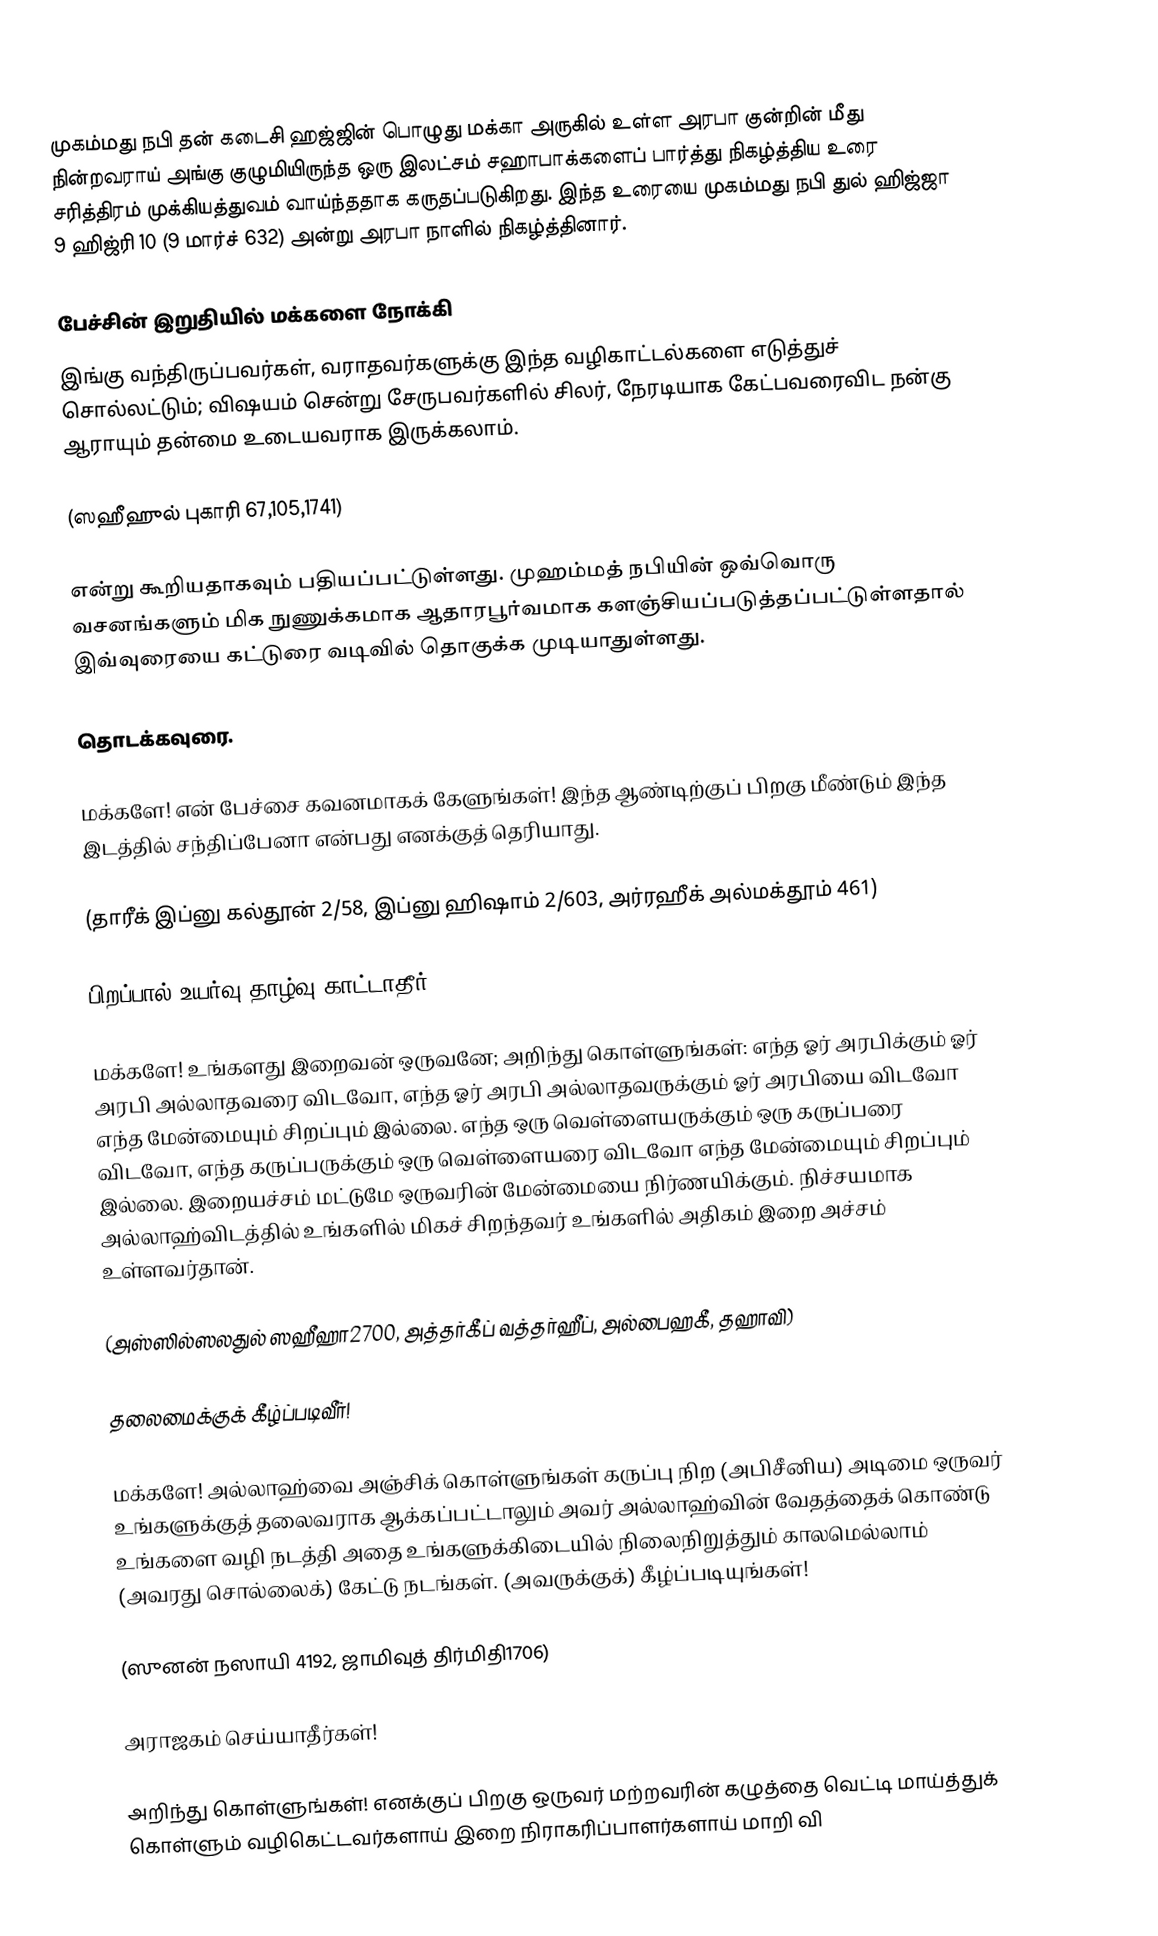
முகம்மது நபி தன் கடைசி ஹஜ்ஜின் பொழுது மக்கா அருகில் உள்ள அரபா குன்றின் மீது நின்றவராய் அங்கு குழுமியிருந்த ஒரு இலட்சம் சஹாபாக்களைப் பார்த்து நிகழ்த்திய உரை சரித்திரம் முக்கியத்துவம் வாய்ந்ததாக கருதப்படுகிறது. இந்த உரையை  முகம்மது நபி துல் ஹிஜ்ஜா 9 ஹிஜ்ரி 10 (9 மார்ச் 632) அன்று  அரபா நாளில் நிகழ்த்தினார்.

பேச்சின் இறுதியில்  மக்களை நோக்கி
இங்கு வந்திருப்பவர்கள், வராதவர்களுக்கு இந்த வழிகாட்டல்களை எடுத்துச் சொல்லட்டும்; விஷயம் சென்று சேருபவர்களில் சிலர், நேரடியாக கேட்பவரைவிட நன்கு ஆராயும் தன்மை உடையவராக இருக்கலாம்.

(ஸஹீஹுல் புகாரி 67,105,1741)

என்று கூறியதாகவும் பதியப்பட்டுள்ளது. முஹம்மத் நபியின் ஒவ்வொரு வசனங்களும் மிக நுணுக்கமாக ஆதாரபூர்வமாக களஞ்சியப்படுத்தப்பட்டுள்ளதால் இவ்வுரையை கட்டுரை வடிவில் தொகுக்க முடியாதுள்ளது.

தொடக்கவுரை.

மக்களே! என் பேச்சை கவனமாகக் கேளுங்கள்! இந்த ஆண்டிற்குப் பிறகு மீண்டும் இந்த இடத்தில் சந்திப்பேனா என்பது எனக்குத் தெரியாது.

(தாரீக் இப்னு கல்தூன் 2/58, இப்னு ஹிஷாம் 2/603, அர்ரஹீக் அல்மக்தூம் 461)

பிறப்பால் உயர்வு தாழ்வு காட்டாதீர்!

மக்களே! உங்களது இறைவன் ஒருவனே;  அறிந்து கொள்ளுங்கள்: எந்த ஓர் அரபிக்கும் ஓர் அரபி அல்லாதவரை விடவோ, எந்த ஓர் அரபி அல்லாதவருக்கும் ஓர் அரபியை விடவோ எந்த மேன்மையும் சிறப்பும் இல்லை. எந்த ஒரு வெள்ளையருக்கும் ஒரு கருப்பரை விடவோ, எந்த கருப்பருக்கும் ஒரு வெள்ளையரை விடவோ எந்த மேன்மையும் சிறப்பும் இல்லை. இறையச்சம் மட்டுமே ஒருவரின் மேன்மையை நிர்ணயிக்கும். நிச்சயமாக அல்லாஹ்விடத்தில் உங்களில் மிகச் சிறந்தவர் உங்களில் அதிகம் இறை அச்சம் உள்ளவர்தான்.

(அஸ்ஸில்ஸலதுல் ஸஹீஹா2700, அத்தர்கீப் வத்தர்ஹீப், அல்பைஹகீ, தஹாவி)

தலைமைக்குக் கீழ்ப்படிவீர்!

மக்களே! அல்லாஹ்வை அஞ்சிக் கொள்ளுங்கள் கருப்பு நிற (அபிசீனிய) அடிமை ஒருவர் உங்களுக்குத் தலைவராக ஆக்கப்பட்டாலும் அவர் அல்லாஹ்வின் வேதத்தைக் கொண்டு உங்களை வழி நடத்தி அதை உங்களுக்கிடையில் நிலைநிறுத்தும் காலமெல்லாம் (அவரது சொல்லைக்) கேட்டு நடங்கள். (அவருக்குக்) கீழ்ப்படியுங்கள்!

(ஸுனன் நஸாயி 4192, ஜாமிவுத் திர்மிதி1706)

அராஜகம் செய்யாதீர்கள்!

அறிந்து கொள்ளுங்கள்! எனக்குப் பிறகு ஒருவர் மற்றவரின் கழுத்தை வெட்டி மாய்த்துக் கொள்ளும் வழிகெட்டவர்களாய் இறை நிராகரிப்பாளர்களாய் மாறி வி